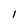
Character: l